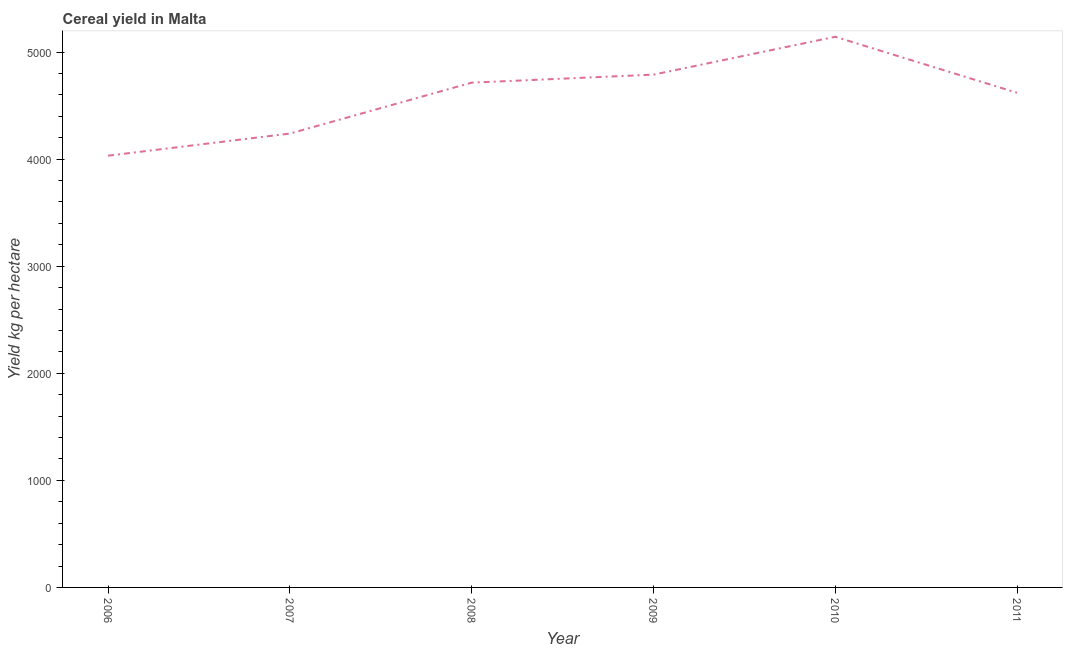
| Year | Cereal yield |
 | --- | --- |
 | 2006 | 4.03e+03 |
 | 2007 | 4.24e+03 |
 | 2008 | 4.71e+03 |
 | 2009 | 4.79e+03 |
 | 2010 | 5.14e+03 |
 | 2011 | 4.62e+03 |